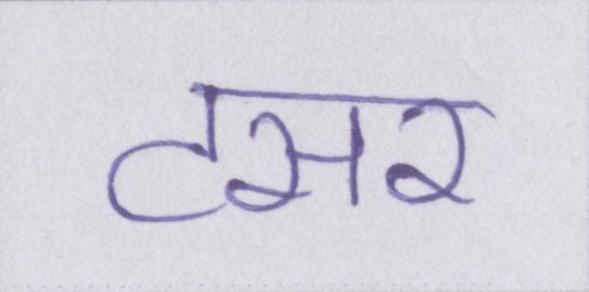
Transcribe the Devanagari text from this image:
टसर